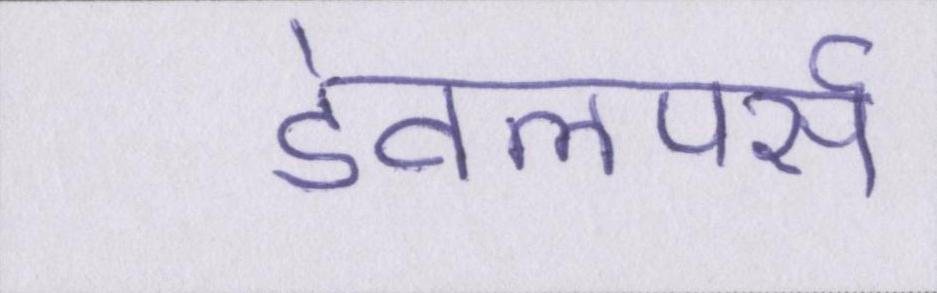
डेवलपर्स